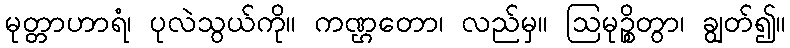
မုတ္တာဟာရံ၊ ပုလဲသွယ်ကို။ ကဏ္ဌတော၊ လည်မှ။ ဩမုဉ္စိတွာ၊ ချွတ်၍။